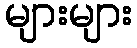
များများ